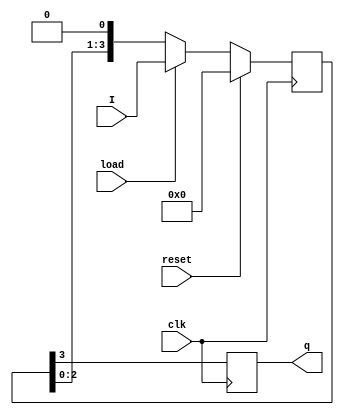
module piso(I,clk,reset,load,q);
input [3:0]I;
input clk,reset,load;
output reg q;
reg [3:0]tmp;
always @(posedge clk )
begin
if (reset)
tmp<=4'b0;
else
begin
if(load)
tmp<=I;
else
tmp <= tmp << 1;
end
q<=tmp[3];
end
endmodule